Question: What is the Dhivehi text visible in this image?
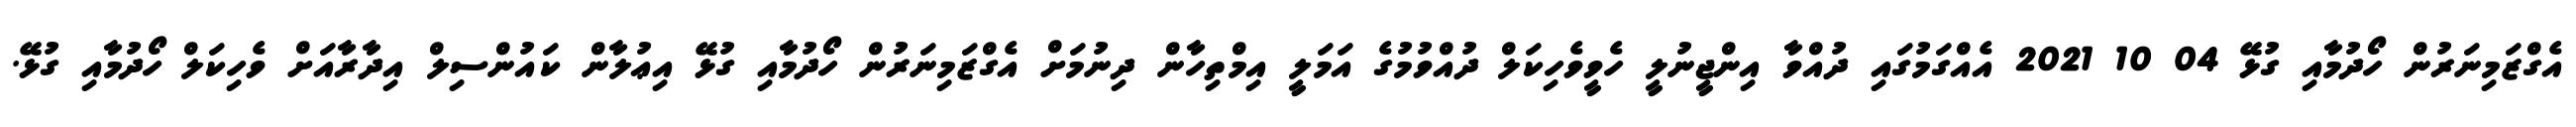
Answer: އެގްޒަމިނަރުން ހޯދުމާއި ގުޅޭ 04 10 2021 އެއްގަމުގައި ދުއްވާ އިންޖީނުލީ ހެވީވެހިކަލް ދުއްވުމުގެ އަމަލީ އިމްތިހާން ދިނުމަށް އެގްޒަމިނަރުން ހޯދުމާއި ގުޅޭ އިޢުލާން ކައުންސިލް އިދާރާއަށް ވެހިކަލް ހޯދުމާއި ގުޅޭ.